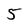
Character: 5